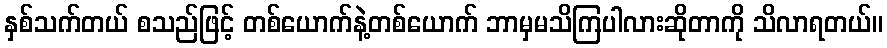
နှစ်သက်တယ် စသည်ဖြင့် တစ်ယောက်နဲ့တစ်ယောက် ဘာမှမသိကြပါလားဆိုတာကို သိလာရတယ်။